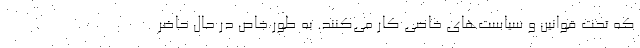
که تحت قوانین و سیاست‌های خاصی کار می‌کنند. به طور خاص در حال حاضر